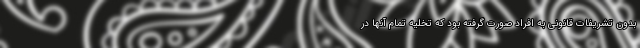
بدون تشریفات قانونی به افراد صورت گرفته بود که تخلیه تمام آنها در